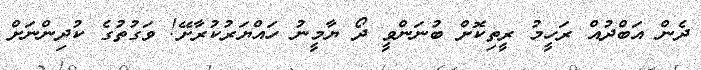
ދެން އަބްދުއް ރަހީމު ރީތިކޮށް ބުނަންވީ ދޯ ޔާމީނު ހައްޔަރުކުރާށޭ! ވަގުތުގެ ކުދިންނަށް